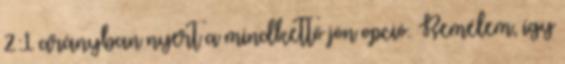
2:1 arányban nyert a mindkettő jön opció. Remélem, így